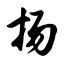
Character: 扬